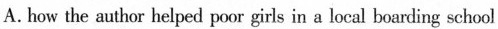
A. how the anthor belped poor girls in a oeal boerding school